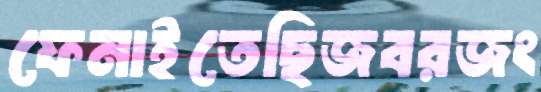
ফেনাইতেছিজবরজং